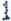
1